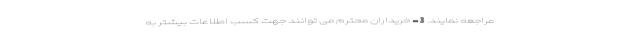
مراجعه نمایند. 3- خریداران محترم می توانند جهت کسب اطلاعات بیشتر به